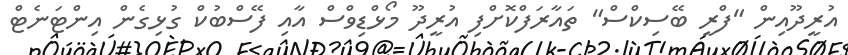
އުރީދޫއިން "ފްރީ ބޭސިކްސް" ތައާރަފްކޮށްފި އުރީދޫ މޯޅްޑިވްސް އާއި ފޭސްބުކް ގުޅިގެން އިންޓަނެޓް